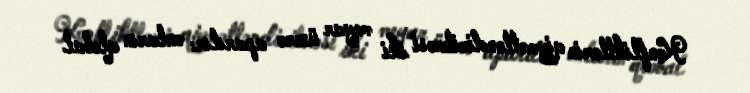
Konfliktlərin qiymətləndirilməsi iki meyar üzrə aparılır: onların qlobal